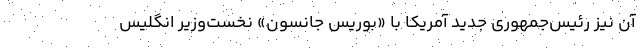
آن نیز رئیس‌جمهوری جدید آمریکا با «بوریس جانسون» نخست‌وزیر انگلیس